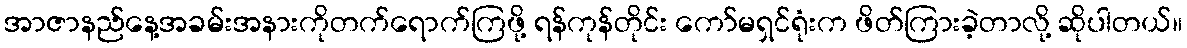
အာဇာနည်နေ့အခမ်းအနားကိုတက်ရောက်ကြဖို့ ရန်ကုန်တိုင်း ကော်မရှင်ရုံးက ဖိတ်ကြားခဲ့တာလို့ ဆိုပါတယ်။